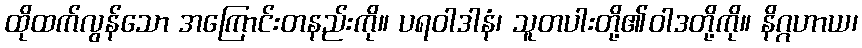
ထိုထက်လွန်သော အကြောင်းတနည်းကို။ ပရဝါဒါနံ၊ သူတပါးတို့၏ဝါဒတို့ကို။ နိဂ္ဂဟာယ၊